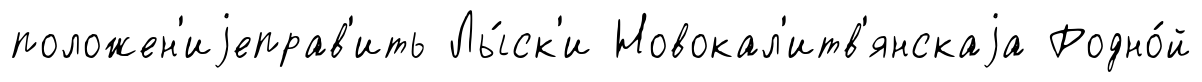
положен'иjеправ'ить Лы́ск'и Новокал'итв'янскаjа Родно́й